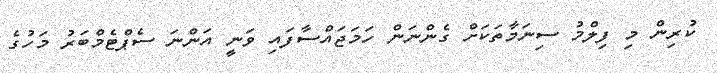
ކުރިން މި ފިލްމު ސިނަމާތަކަށް ގެންނަން ހަމަޖައްސާފައި ވަނީ އަންނަ ސެޕްޓެމްބަރު މަހުގެ